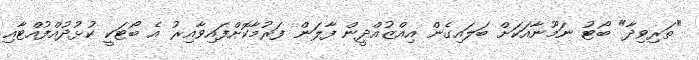
"ތަރިވިދާ" ބޯޓު ނަމޫނާއަކަށް ބަލައިގެން އިއްޒުއްދީން ފާލަން ފަރުމާކޮށްފައިވާއިރު އެ ބޯޓަކީ ކުޅުދުއްފުއްޓާއި